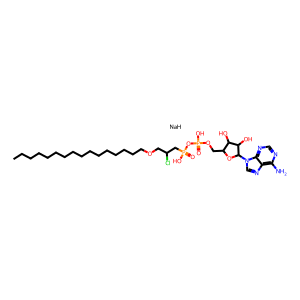
SMILES: CCCCCCCCCCCCCCCCOCC(Cl)CP(=O)(O)OP(=O)(O)OCC1OC(n2cnc3c(N)ncnc32)C(O)C1O.[NaH]
Inhibits HIV replication: No